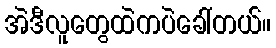
အဲဒီလူတွေထဲကပဲခေါ်တယ်။